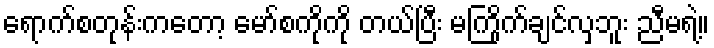
ရောက်စတုန်းကတော့ မော်စကိုကို တယ်ပြီး မကြိုက်ချင်လှဘူး ညီမရဲ့။